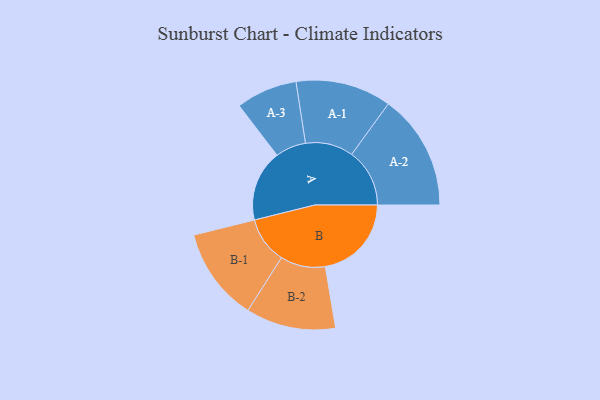
{"axis": {"x": "Segment", "y": "Value"}, "legend": ["", "A", "B"], "data": [{"x": "A", "y": 363, "type": ""}, {"x": "B", "y": 439, "type": ""}, {"x": "A-1", "y": 244, "type": "A"}, {"x": "A-2", "y": 295, "type": "A"}, {"x": "A-3", "y": 156, "type": "A"}, {"x": "B-1", "y": 238, "type": "B"}, {"x": "B-2", "y": 229, "type": "B"}]}